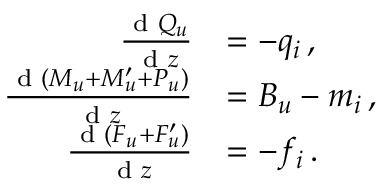
\begin{array} { r l } { \frac { \textnormal { d } Q _ { u } } { \textnormal { d } z } } & { = - q _ { i } \, , } \\ { \frac { \textnormal { d } ( M _ { u } + M _ { u } ^ { \prime } + P _ { u } ) } { \textnormal { d } z } } & { = B _ { u } - m _ { i } \, , } \\ { \frac { \textnormal { d } ( F _ { u } + F _ { u } ^ { \prime } ) } { \textnormal { d } z } } & { = - f _ { i } \, . } \end{array}